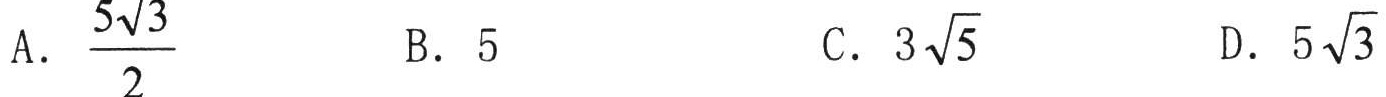
A. $\frac{5\sqrt{3}}{2}$  B. $5$  C. $3\sqrt{5}$  D. $5\sqrt{3}$